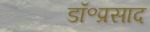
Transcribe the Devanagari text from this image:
डॉ॰प्रसाद